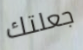
جعلتك